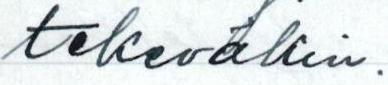
tekeväkin.